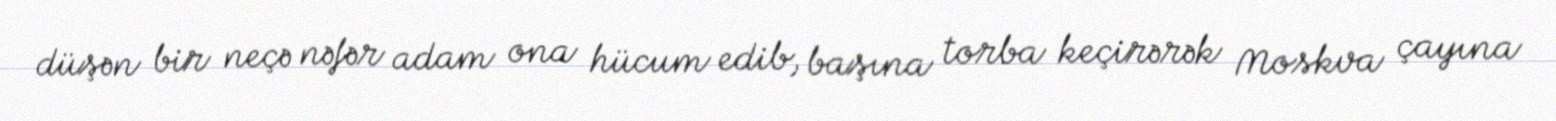
düşən bir neçə nəfər adam ona hücum edib, başına torba keçirərək Moskva çayına